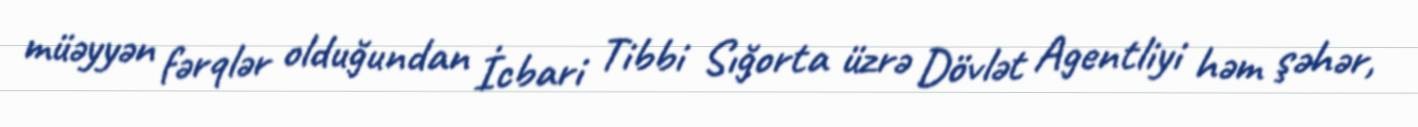
müəyyən fərqlər olduğundan İcbari Tibbi Sığorta üzrə Dövlət Agentliyi həm şəhər,